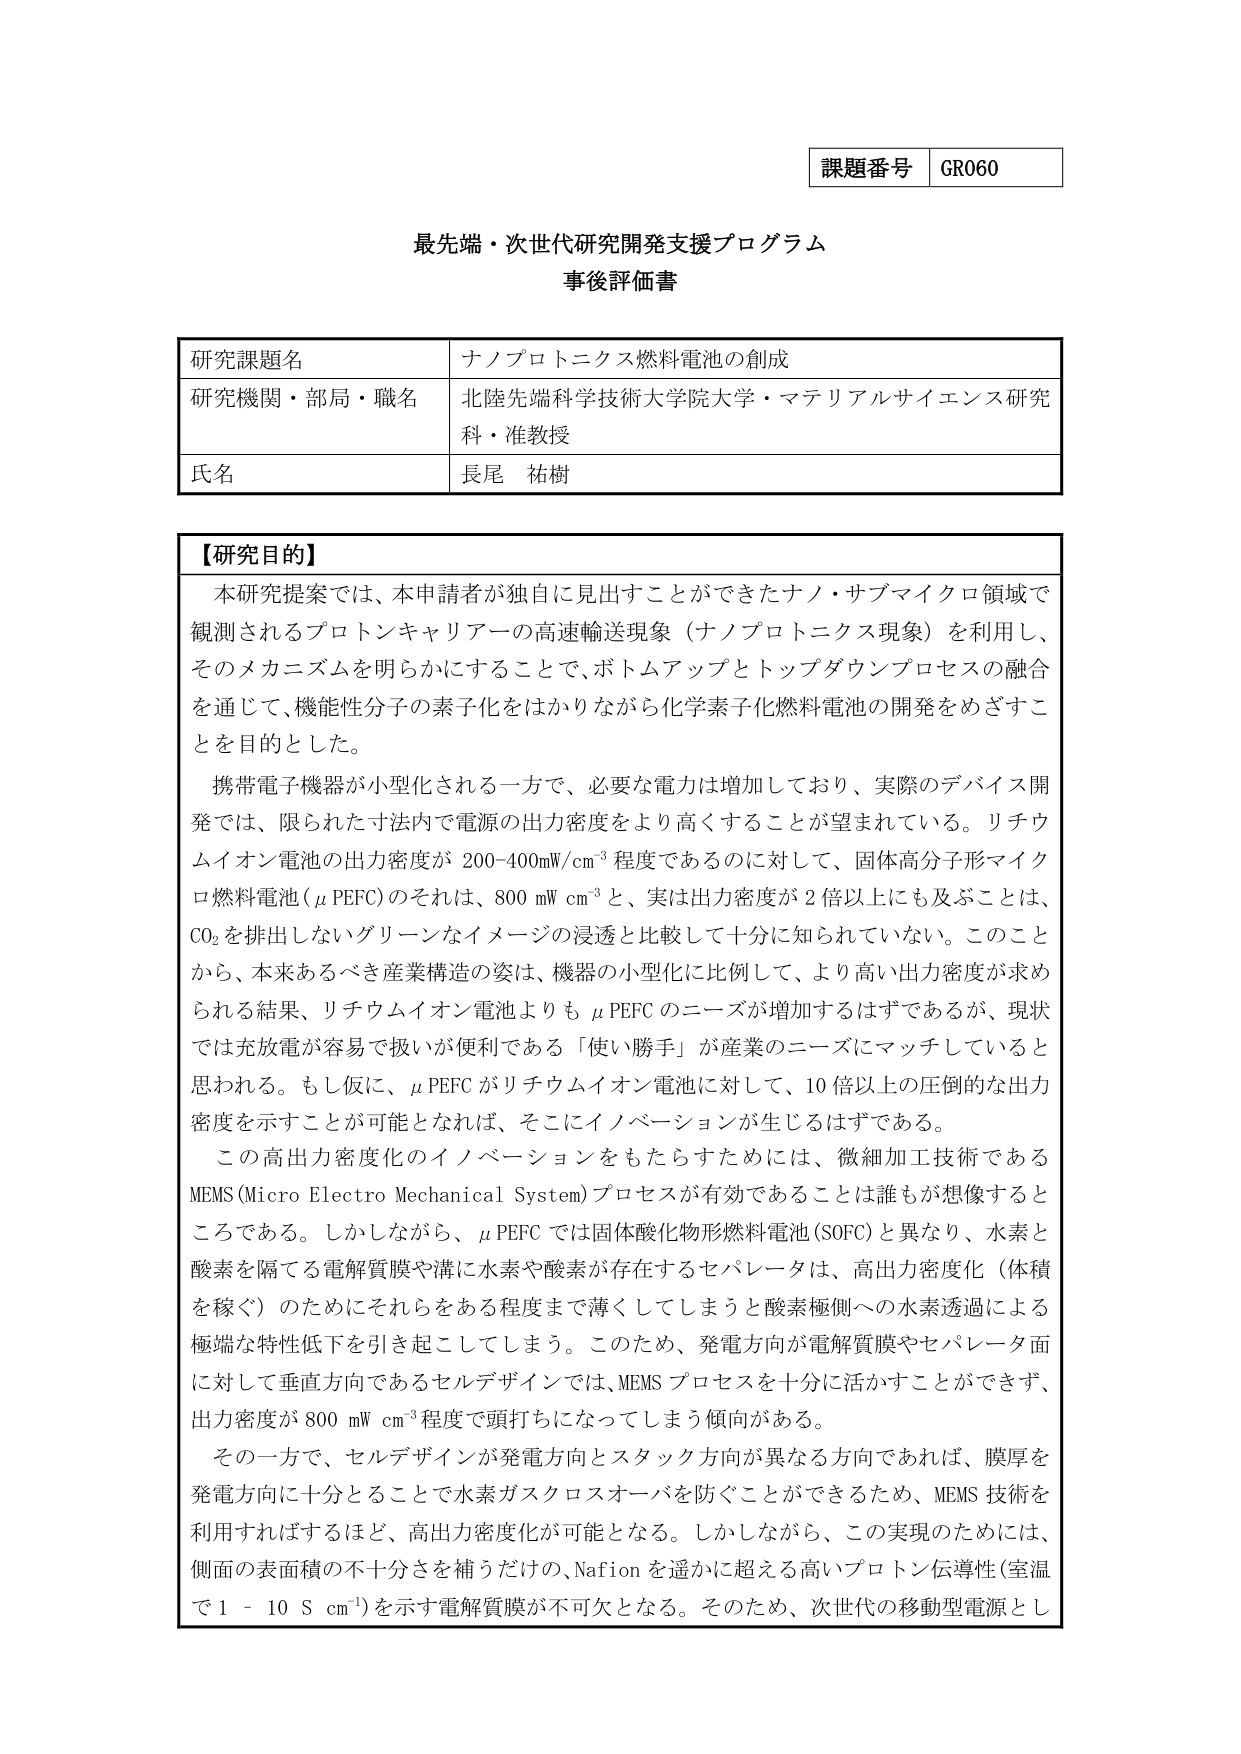
課題番号 GR060

最先端・次世代研究開発支援プログラム
事後評価書

研究課題名 ナノプロトニクス燃料電池の創成
研究機関・部局・職名 北陸先端科学技術大学院大学・マテリアルサイエンス研究科・准教授
氏名 長尾 祐樹

【研究目的】
本研究提案では、本申請者が独自に見出すことができたナノ・サブマイクロ領域で観測されるプロトンキャリアーの高速輸送現象（ナノプロトニクス現象）を利用し、そのメカニズムを明らかにすることで、ボトムアップとトップダウンプロセスの融合を通じて、機能性分子の素子化をはかりながら化学素子化燃料電池の開発をめざすことを目的とした。

携帯電子機器が小型化される一方で、必要な電力は増加しており、実際のデバイス開発では、限られた寸法内で電源の出力密度をより高くすることが望まれている。リチウムイオン電池の出力密度が 200-400mW/cm³ 程度であるのに対して、固体高分子形マイクロ燃料電池（μPEFC）のそれは、800 mW cm⁻³ と、実は出力密度が2倍以上にも及ぶことは、CO₂を排出しないグリーンなイメージの浸透と比較して十分に知られていない。このことから、本来あるべき産業構造の姿は、機器の小型化に比例して、より高い出力密度が求められる結果、リチウムイオン電池よりも μPEFC のニーズが増加するはずであるが、現状では充放電が容易で扱いが便利である「使い勝手」が産業のニーズにマッチしていると思われる。もし仮に、μPEFC がリチウムイオン電池に対して、10倍以上の圧倒的な出力密度を示すことが可能となれば、そこにイノベーションが生じるはずである。

この高出力密度化のイノベーションをもたらすためには、微細加工技術であるMEMS（Micro Electro Mechanical System）プロセスが有効であることは誰もが想像するところである。しかしながら、μPEFCでは固体酸化物形燃料電池（SOFC）と異なり、水素と酸素を隔てる電解質膜や溝に水素や酸素が存在するセパレータは、高出力密度化（体積を稼ぐ）のためにそれらをある程度まで薄くしてしまうと酸素極側への水素透過による極端な特性低下を引き起こしてしまう。このため、発電方向が電解質膜やセパレータ面に対して垂直方向であるセルデザインでは、MEMSプロセスを十分に活かすことができず、出力密度が800 mW cm⁻³程度で頭打ちになってしまう傾向がある。

その一方で、セルデザインが発電方向とスタック方向が異なる方向であれば、膜厚を発電方向に十分とすることで水素ガスクロスオーバを防ぐことができるため、MEMS技術を利用すればするほど、高出力密度化が可能となる。しかしながら、この実現のためには、側面の表面積の不十分さを補うだけの、Nafionを遥かに超える高いプロトン伝導性（室温で1 - 10 S cm⁻¹）を示す電解質膜が不可欠となる。そのため、次世代の移動型電源とし